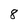
Character: 8